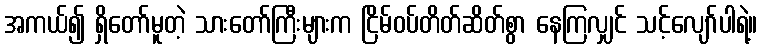
အကယ်၍ ရှိတော်မူတဲ့ သားတော်ကြီးများက ငြိမ်ဝပ်တိတ်ဆိတ်စွာ နေကြလျှင် သင့်လျော်ပါရဲ့။